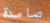
صامدة